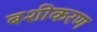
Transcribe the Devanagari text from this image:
बशीकरण